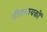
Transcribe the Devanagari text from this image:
गीतगायकों